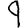
Digit: 9